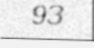
93